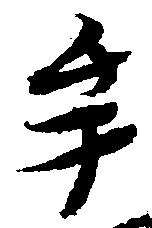
牟